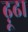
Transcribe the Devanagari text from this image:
ढ़ूढा